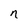
Character: n